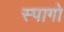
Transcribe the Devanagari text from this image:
स्पागो